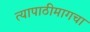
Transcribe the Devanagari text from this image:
त्यापाठीमागचा